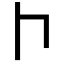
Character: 𠁡